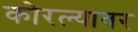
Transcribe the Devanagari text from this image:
कोरल्यावर